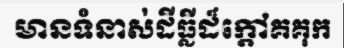
មានទំនាស់ដីធ្លីដ៏ក្តៅគគុក